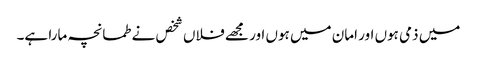
میں ذمی ہوں اور امان میں ہوں اور مجھے فلاں شخص نے طمانچہ مارا ہے۔